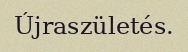
Újraszületés.